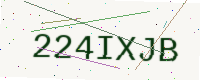
Text: 224IXJB